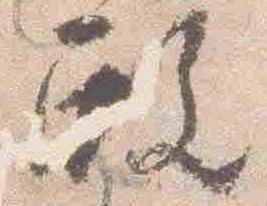
殿